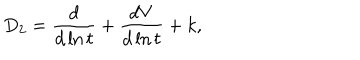
D _ { 2 } = \frac { d } { d \ln t } + \frac { d V } { d \ln t } + k ,